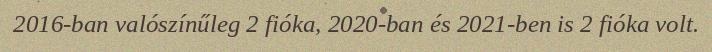
2016-ban valószínűleg 2 fióka, 2020-ban és 2021-ben is 2 fióka volt.